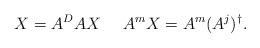
LaTeX: \begin{align*} X=A^{D}AX~~~~A^{m}X=A^{m}(A^{j})^{\dagger}.\end{align*}